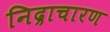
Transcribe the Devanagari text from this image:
निद्राचारण